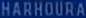
HARHOURA